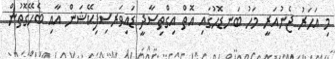
މި އަހަރު ޖެނުއަރީ މަހު ބަނޑޮހުގައި އޮތް އިގްތިސާދީ ޑައިވަރސިފިކޭޝަން އާއި ބެހޭގޮތުން